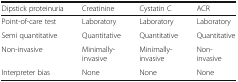
<table><thead><tr><td><b>Dipstick proteinuria</b></td><td><b>Creatinine</b></td><td><b>Cystatin C</b></td><td><b>ACR</b></td></tr></thead><tbody><tr><td>Point-of-care test</td><td>Laboratory</td><td>Laboratory</td><td>Laboratory</td></tr><tr><td>Semi quantitative</td><td>Quantitative</td><td>Quantitative</td><td>Quantitative</td></tr><tr><td>Non-invasive</td><td>Minimally-invasive</td><td>Minimally-invasive</td><td>Non-invasive</td></tr><tr><td>Interpreter bias</td><td>None</td><td>None</td><td>None</td></tr></tbody></table>